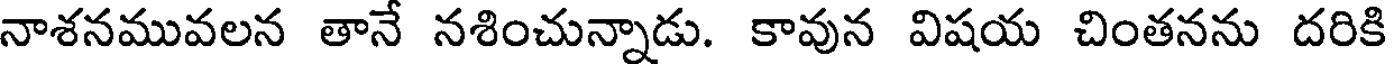
నాశనమువలన తానే నశించున్నాడు. కావున విషయ చింతనను దరికి